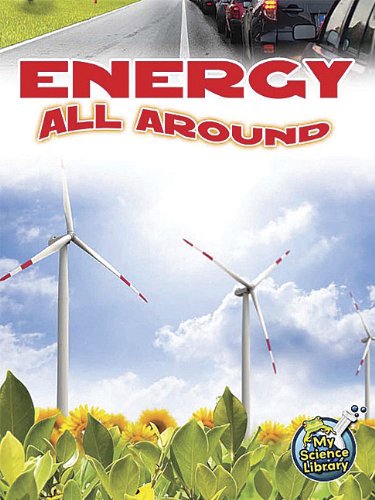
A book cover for Energy All Around (My Science Library); Buffy Silverman; Children's Books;